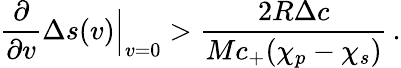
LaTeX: \frac{\partial}{\partial v}\Delta s(v)\Big|_{v=0}>\frac{2R\Delta c}{Mc_{+}(\chi_{p}-\chi_{s})}\, .